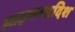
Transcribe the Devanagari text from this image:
आइगनसदिश